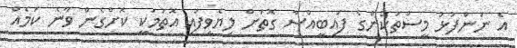
އެ ނަންފުޅު މީސްތަކުންގެ ފައިބީއްސާ ގޮތަށް ލިޔެވިފައި އޮތުމަކީ ކޮށްގެން ވާނެ ކަމެއް